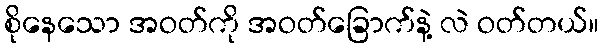
စိုနေသော အဝတ်ကို အဝတ်ခြောက်နဲ့ လဲ ဝတ်တယ်။